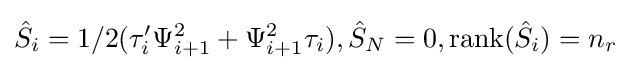
{\hat {S}}_{i}=1/2(\tau '_{i}\Psi _{i+1}^{2}+\Psi _{i+1}^{2}\tau _{i}),{\hat {S}}_{N}=0,\operatorname {rank} ({\hat {S}}_{i})=n_{r}